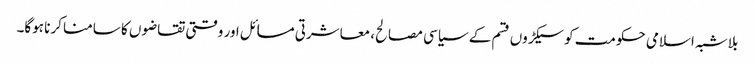
بلاشبہ اسلامی حکومت کو سیکڑوں قسم کے سیاسی مصالح، معاشرتی مسائل اور وقتی تقاضوں کا سامنا کرنا ہوگا۔